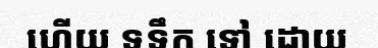
ហើយ ទទឹក ទៅ ដោយ